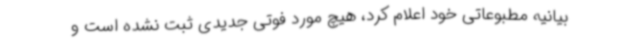
بیانیه مطبوعاتی خود اعلام کرد، هیچ مورد فوتی جدیدی ثبت نشده است و